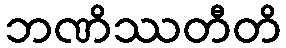
ဘဏိဿတီတိ